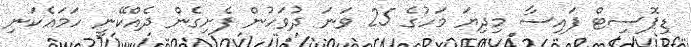
ޑިޕޮސިޓް ފައިސާ މިދިޔަ މަހުގެ 25 ވަނަ ދުވަހުން ފެށިގެން ދެއްކޭނީ ހަމައެކަނި